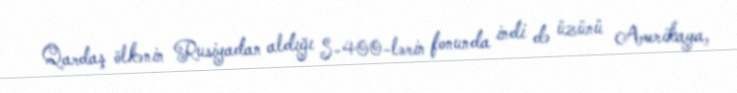
Qardaş ölkənin Rusiyadan aldığı S-400-lərin fonunda indi də üzünü Amerikaya,